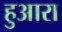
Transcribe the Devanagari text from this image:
हुआरा